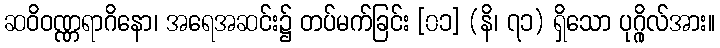
ဆဝိဝဏ္ဏရာဂိနော၊ အရေအဆင်း၌ တပ်မက်ခြင်း [၀၁] (နိ၊ ၇၁) ရှိသော ပုဂ္ဂိုလ်အား။